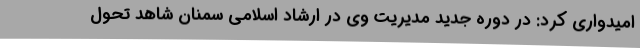
امیدواری کرد: در دوره جدید مدیریت وی در ارشاد اسلامی سمنان شاهد تحول